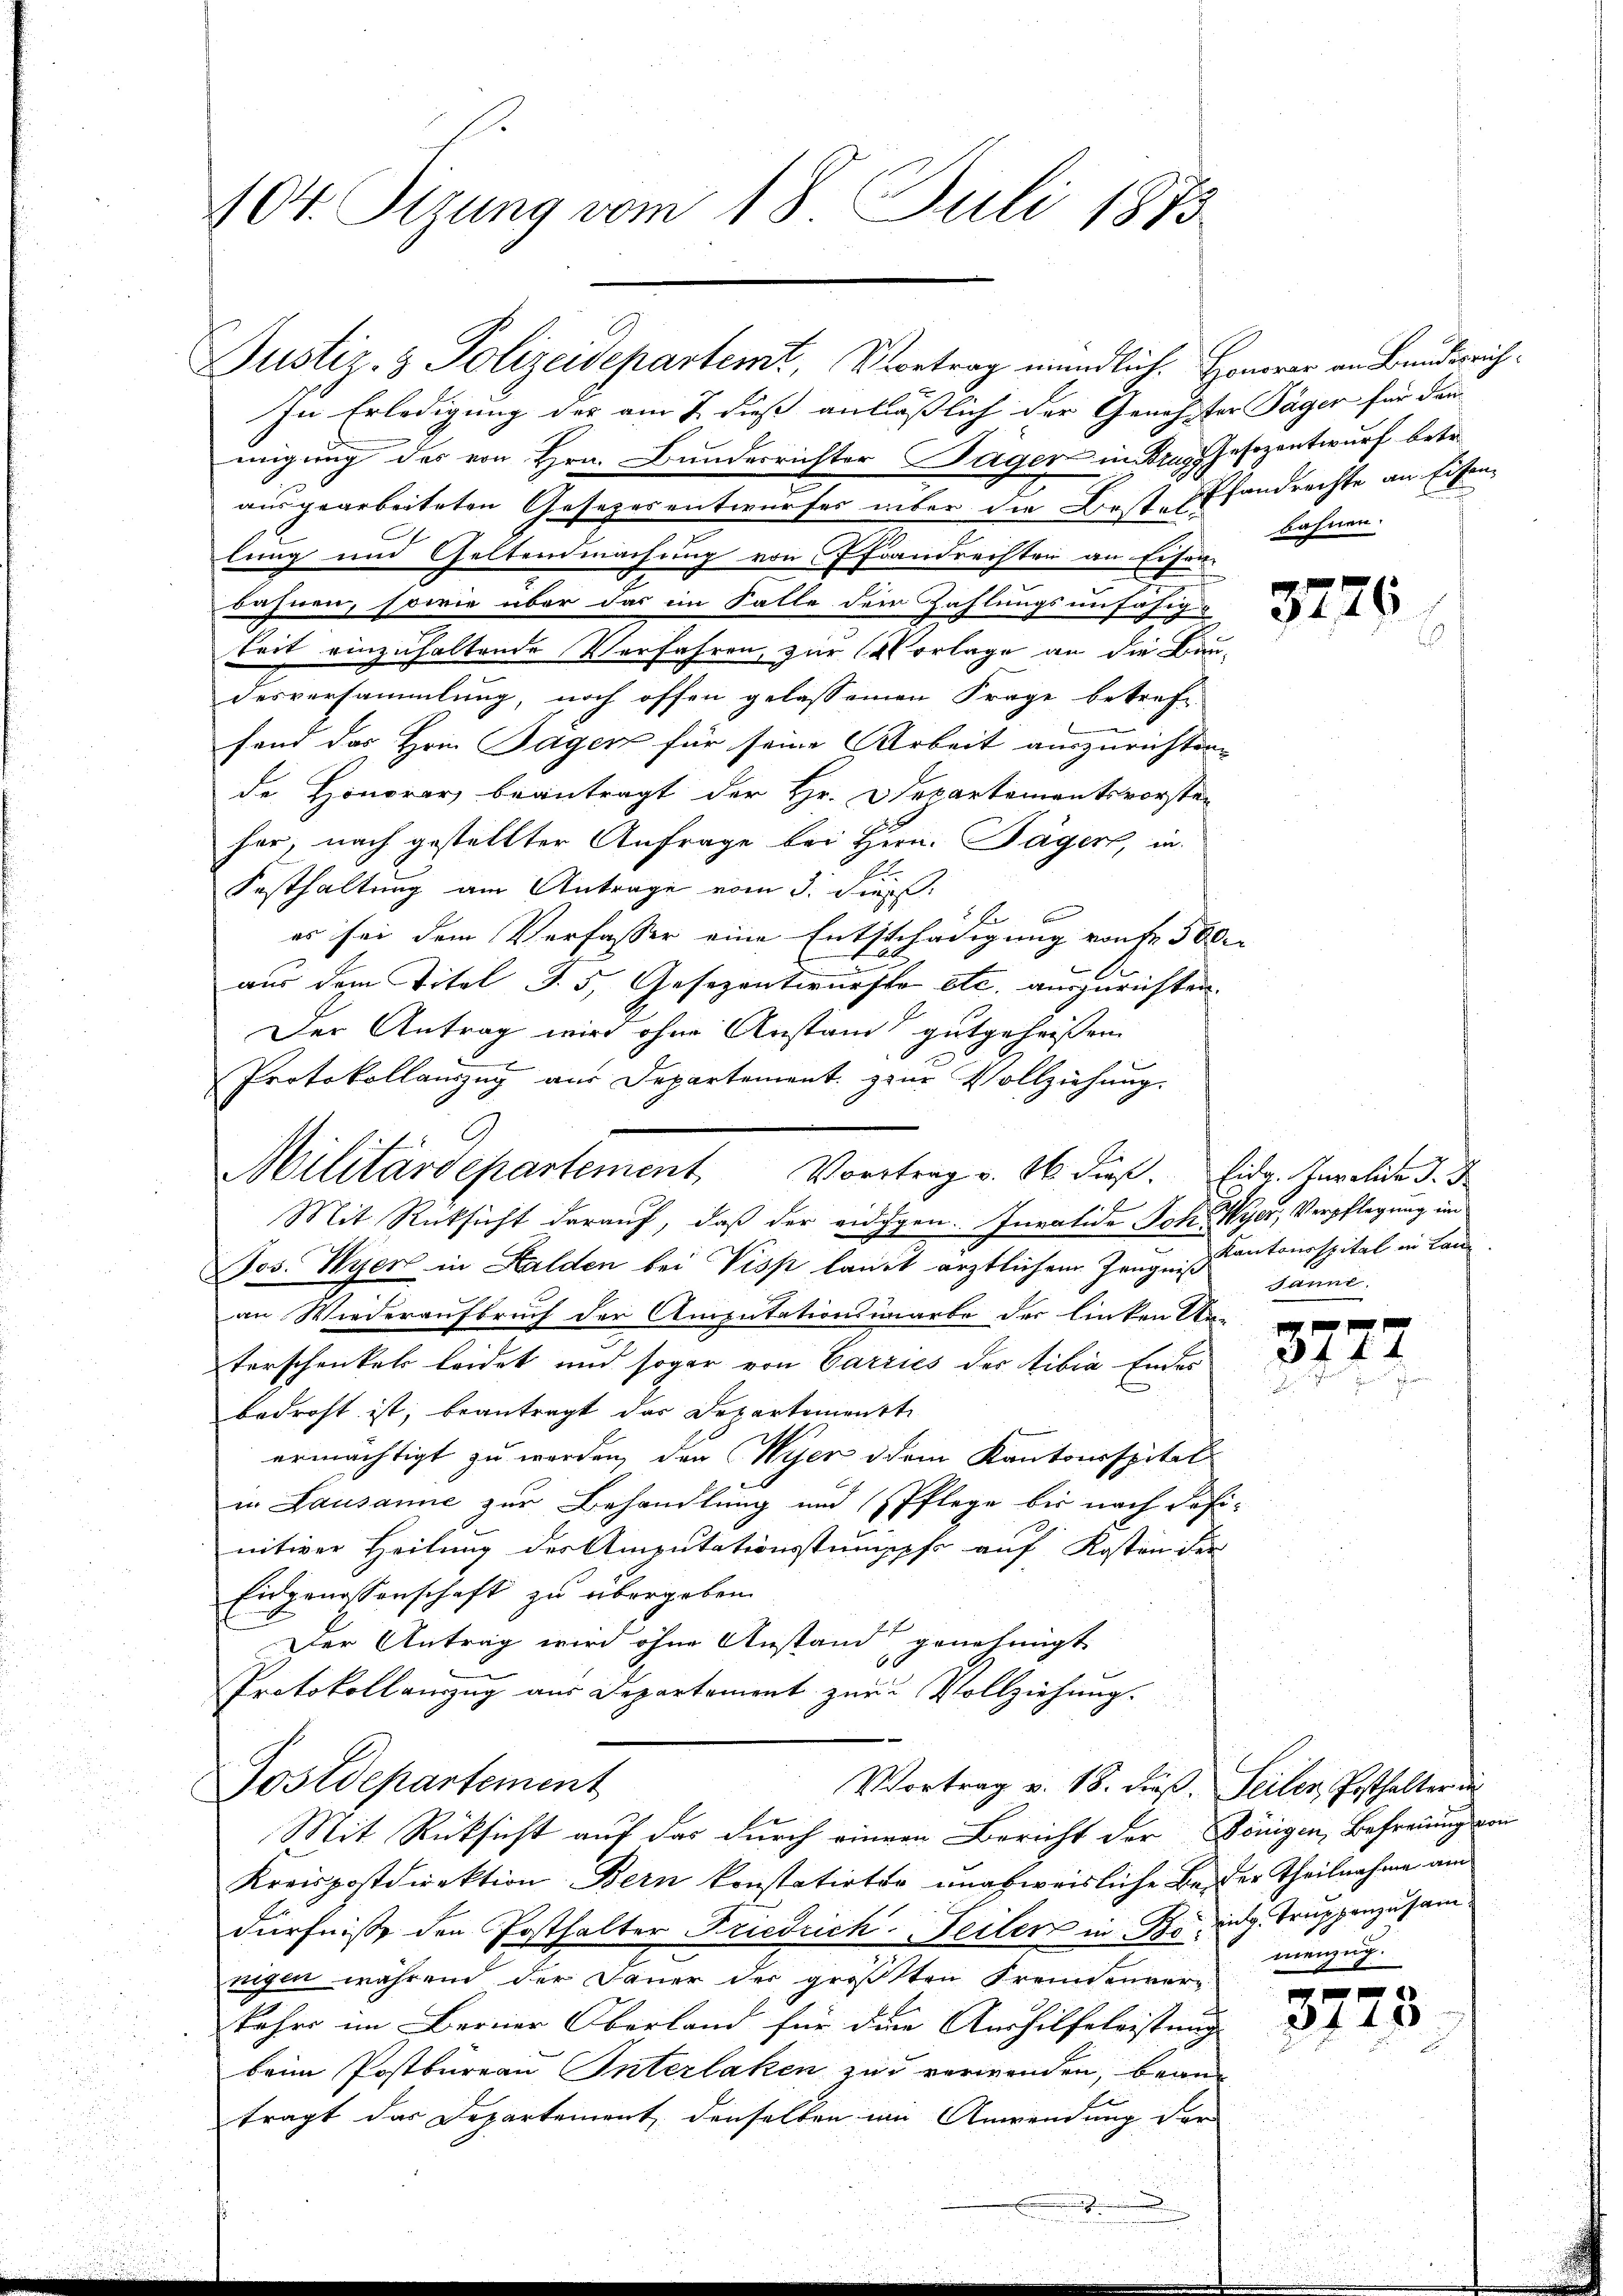
104. Stzung vom 18. Juli 1873.

Justiz- & Polizeidepartemt, Vortrag mündlich. Honorar an Bunderrich¬
In Erledigung der am 7. dieß anläßlich der Genehster Jäger für dem
migung des von Hrn. Bunderrichter Jäger in Kraphesozentwurf betr.
lung und Geltendmachung von Pfandrechten an Eisen-
bahnen, sowie über das im Falle der Zahlungsunfähig
keit einzuhaltende Verfahren, zur Vorlage an die Bun-
desversammlung, noch offen gelassenen Frage betreffend das Hrnn Tagen für seine Arbeit auszurichten.
de Honorar beantragt der Hr. Departementsvorste-
her, nach gestellter Anfrage bei Hern. Jäger, in
Festhaltung am Antrage vom 3. Diens.
E
es sei dem Verfasser eine Entschädigung von fr. 500.
Le
aus dem Titel d. 5, Gesezentwurfte etc. auszurichten.
Der Antrag wird ohne Anstand gutgeheißen
Mit Rücksicht darauf, daß der eidgen. Invalide Joh. Meyer, Verpflegung im
Jos. Weyer in Halden bei Piss laut ärztlichem Zeugnißkantonsspital in Lauan Wiederaufbruch der Amputationsarbe der linken An-
terschenkels leidet und sogar von Carries der tibia Endes
bedroht ist, beantragt das Departemenste
ermächtigt zu werden, den Wyer dem Kantonsspital
in Lausanne zur Behandlung und Pflege bis nach des
nitiver Heilung des Amputationsstumpfe auf Kosten der
Eidgenossenschaft zu übergeben.
Der Antrag wird ohne Anstand genehmigt
Protokollauszug aus Departement zur Vollziehung.
Postdepartement
Vortrag v. 18. dieß.
Mit Rücksicht auf das durch einem Bericht der Königen, Befreiung von
Kreispostdirektion Bern konstatirter unabweisliche Beider Theilnahme am
dürfniße den Posthalter Friedrich-Feiler in Beding. Truppenzusam
nigen während der Dauer der größten Freundenver-
kahre im Berner Oberland für die Aushilfeleistung
beim Postbureau Interlaken zu verwenden, bean
tragt das Departement denselben wie Anwendung der

ausgearbeiteten Gesezesentwurfes über die Best. Etfandrechte an Eisen¬

Protokollauszug aus Departement zur Vollziehung.
9
Militärdepartement Vortrag v. 16 dieß. Eidg. Invalide d. d

bahnen.

2

.

3276

Janne.

1 xx
34 f 4
e

Seiler, Posthalter in
menzug.

f
3415